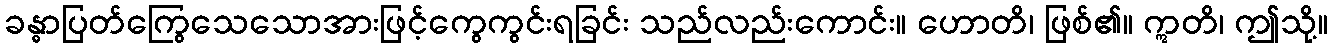
ခန္ဓာပြတ်ကြွေသေသောအားဖြင့်ကွေကွင်းရခြင်း သည်လည်းကောင်း။ ဟောတိ၊ ဖြစ်၏။ ဣတိ၊ ဤသို့။